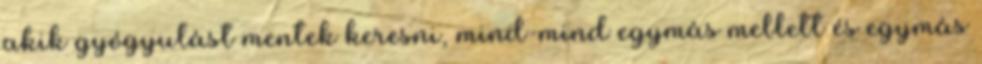
akik gyógyulást mentek keresni, mind-mind egymás mellett és egymás